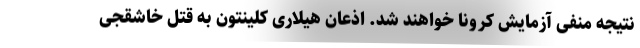
نتیجه منفی آزمایش کرونا خواهند شد. اذعان هیلاری کلینتون به قتل خاشقجی